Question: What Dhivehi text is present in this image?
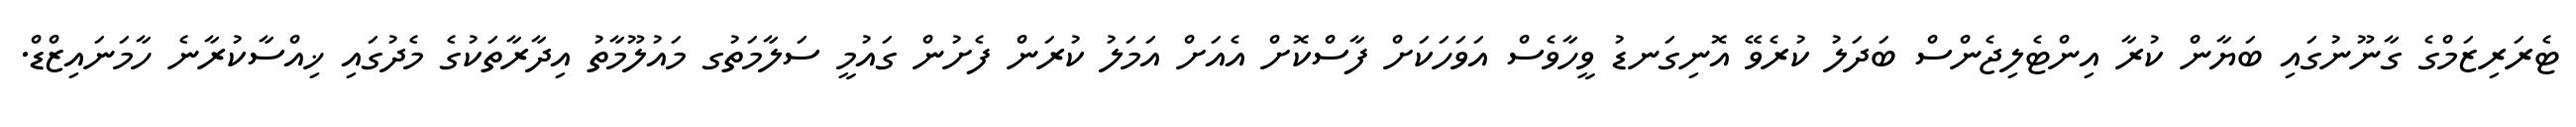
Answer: ޓެރަރިޒަމްގެ ގާނޫނުގައި ބަޔާން ކުރާ އިންޓެލިޖެންސް ބަދަލު ކުރެވޭ އޮނިގަނޑު ވީހާވެސް އަވަހަކަށް ފާސްކޮށް އެއަށް އަމަލު ކުރަން ފެށުން ގައުމީ ސަލާމަތުގ މައުލޫމާތު އިދާރާތަކުގެ މެދުގައި ޚިއްސާކުރާނެ ހާމަނައިޒްޑް.